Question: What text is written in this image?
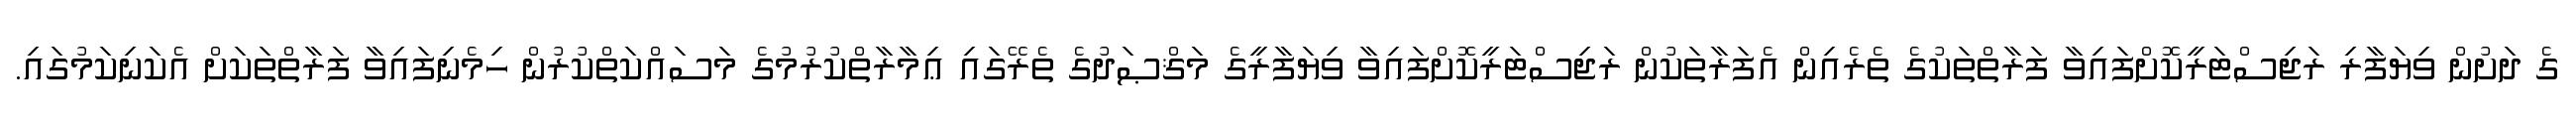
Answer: ގެ ދަށުން ވިޔަފާރި ރަޖިސްޓަރީކޮށްފައިވާ ފަރާތްތަކުގެ ތެރެއިން އެފަރާތަކުން ރަޖިސްޓަރީކޮށްފައިވާ ވިޔަފާރީގެ މަޤްޞަދުގެ ތެރޭގައި ޢިމާރާތްކުރުމުގެ މަސައްކަތްކުރުން ހިމެނިފައިވާ ފަރާތްތަކަށް އެކަނިކަމުގައި.